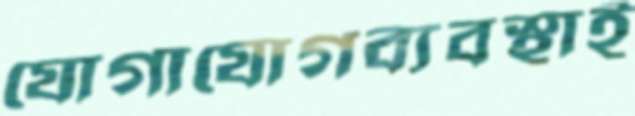
যোগাযোগব্যবস্থাই